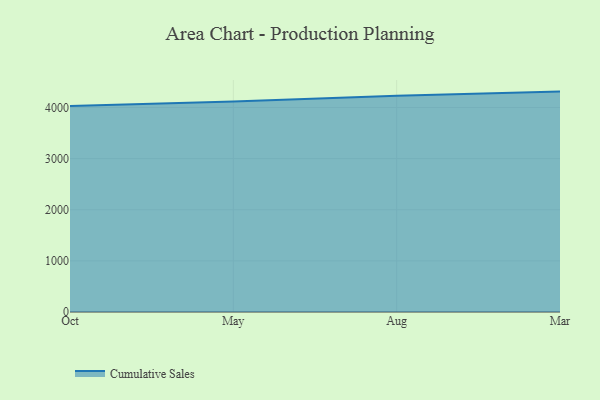
{"axis": {"x": "Month", "y": "Population (Million)"}, "legend": ["Cumulative Sales"], "data": [{"x": "Oct", "y": 4026.9, "type": "Cumulative Sales"}, {"x": "May", "y": 4117.3, "type": "Cumulative Sales"}, {"x": "Aug", "y": 4227.5, "type": "Cumulative Sales"}, {"x": "Mar", "y": 4310.9, "type": "Cumulative Sales"}]}